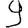
Digit: 9